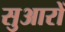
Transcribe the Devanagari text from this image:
सुआरों